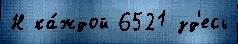
Н ка́ждой 6521 зд'есь